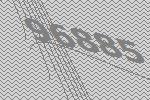
96885